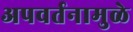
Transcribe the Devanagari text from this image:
अपवर्तनामुळे